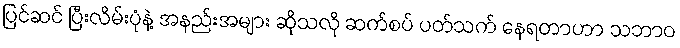
ပြင်ဆင် ပြီးလိမ်းပုံနဲ့ အနည်းအများ ဆိုသလို ဆက်စပ် ပတ်သက် နေရတာဟာ သဘာဝ